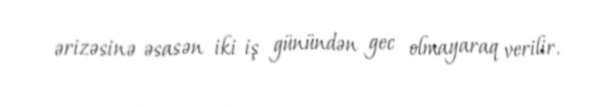
ərizəsinə əsasən iki iş günündən gec olmayaraq verilir.